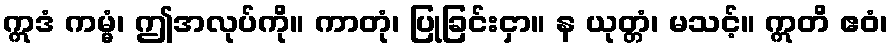
ဣဒံ ကမ္မံ၊ ဤအလုပ်ကို။ ကာတုံ၊ ပြုခြင်းငှာ။ န ယုတ္တံ၊ မသင့်။ ဣတိ ဧဝံ၊